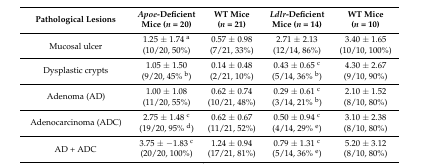
<table><thead><tr><td><b>Pathological Lesions</b></td><td><b><i>Apoe</i>-Deficient Mice (<i>n</i> = 20)</b></td><td><b>WT Mice (<i>n</i> = 21)</b></td><td><b><i>Ldlr</i>-Deficient Mice (<i>n</i> = 14)</b></td><td><b>WT Mice (<i>n</i> = 10)</b></td></tr></thead><tbody><tr><td rowspan="2">Mucosal ulcer</td><td>1.25 ± 1.74 <sup>a</sup></td><td>0.57 ± 0.98</td><td>2.71 ± 2.13</td><td>3.40 ± 1.65</td></tr><tr><td>(10/20, 50%)</td><td>(7/21, 33%)</td><td>(12/14, 86%)</td><td>(10/10, 100%)</td></tr><tr><td rowspan="2">Dysplastic crypts</td><td>1.05 ± 1.50</td><td>0.14 ± 0.48</td><td>0.43 ± 0.65 <sup>c</sup></td><td>4.30 ± 2.67</td></tr><tr><td>(9/20, 45% <sup>b</sup>)</td><td>(2/21, 10%)</td><td>(5/14, 36% <sup>b</sup>)</td><td>(9/10, 90%)</td></tr><tr><td rowspan="2">Adenoma (AD)</td><td>1.00 ± 1.08</td><td>0.62 ± 0.74</td><td>0.29 ± 0.61 <sup>c</sup></td><td>2.10 ± 1.52</td></tr><tr><td>(11/20, 55%)</td><td>(10/21, 48%)</td><td>(3/14, 21% <sup>b</sup>)</td><td>(8/10, 80%)</td></tr><tr><td rowspan="2">Adenocarcinoma (ADC)</td><td>2.75 ± 1.48 <sup>c</sup></td><td>0.62 ± 0.67</td><td>0.50 ± 0.94 <sup>c</sup></td><td>3.10 ± 2.38</td></tr><tr><td>(19/20, 95% <sup>d</sup>)</td><td>(11/21, 52%)</td><td>(4/14, 29% <sup>e</sup>)</td><td>(8/10, 80%)</td></tr><tr><td rowspan="2">AD + ADC</td><td>3.75 ± −1.83 <sup>c</sup></td><td>1.24 ± 0.94</td><td>0.79 ± 1.31 <sup>c</sup></td><td>5.20 ± 3.12</td></tr><tr><td>(20/20, 100%)</td><td>(17/21, 81%)</td><td>(5/14, 36% <sup>e</sup>)</td><td>(8/10, 80%)</td></tr></tbody></table>